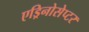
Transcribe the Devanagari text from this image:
एड्रिनोसेप्टर